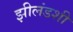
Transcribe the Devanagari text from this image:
झीलंडशी